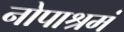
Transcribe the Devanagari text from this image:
नोपाश्रमं